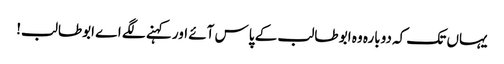
یہاں تک کہ دوبارہ وہ ابو طالب کے پاس آئے اور کہنے لگے اے ابوطالب!